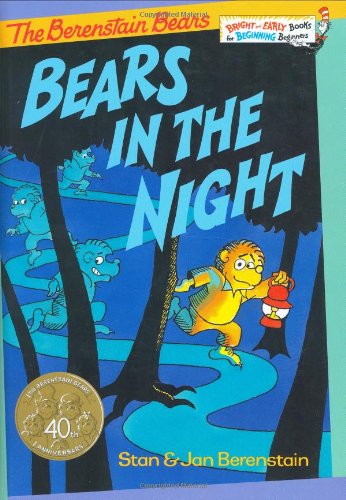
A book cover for Bears in the Night; Stan Berenstain; Children's Books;